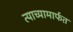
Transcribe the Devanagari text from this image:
त्याच्यामार्फत